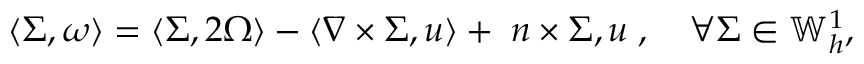
\langle \Sigma , \omega \rangle = \langle \Sigma , 2 \Omega \rangle - \langle \nabla \times \Sigma , u \rangle + \llangle n \times \Sigma , u \rrangle , \quad \forall \Sigma \in \mathbb { W } _ { h } ^ { 1 } ,